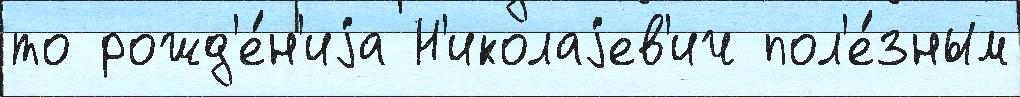
то рожд'е́н'иjа Н'иколаjев'ич пол'е́зным